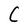
Character: C